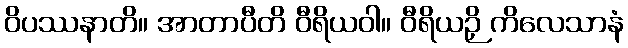
ဝိပဿနာတိ။ အာတာပီတိ ဝီရိယဝါ။ ဝီရိယဉှိ ကိလေသာနံ